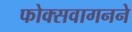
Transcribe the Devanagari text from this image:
फोक्सवागनने